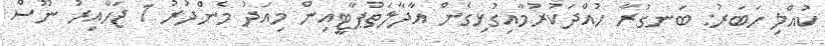
ކުއްލި ހަބަރު: ބަނގުރާ ހުއްދަކުރުމާއިގުޅިގެން އާދާލަތުޕާޓީއިން މިއަދު މެންދުރު 1 ޖަހާއިރު ނޫސް